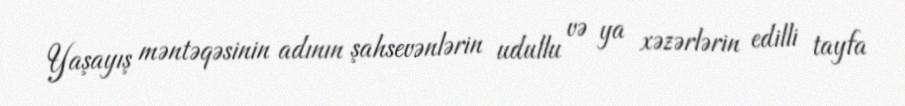
Yaşayış məntəqəsinin adının şahsevənlərin udullu və ya xəzərlərin edilli tayfa